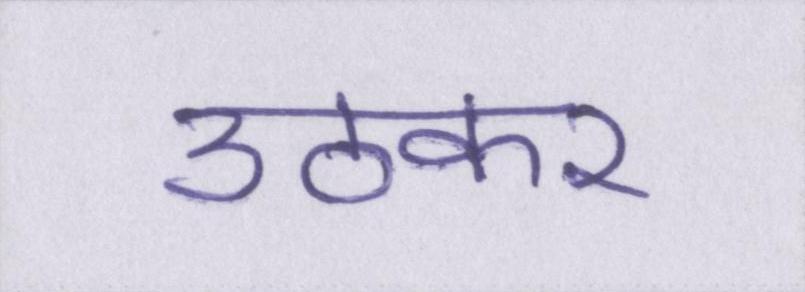
उठकर